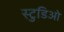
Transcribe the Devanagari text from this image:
स्टुडिओ